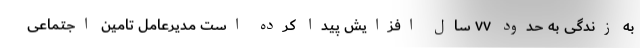
به زندگی به حدود ۷۷ سال افزایش پیدا کرده است مدیرعامل تامین اجتماعی